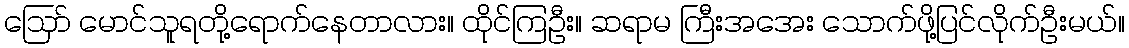
ဪ မောင်သူရတို့ရောက်နေတာလား။ ထိုင်ကြဦး။ ဆရာမ ကြီးအအေး သောက်ဖို့ပြင်လိုက်ဦးမယ်။